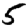
Digit: 5